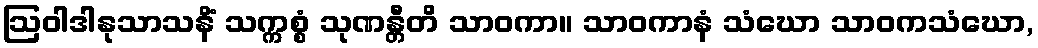
ဩဝါဒါနုသာသနိံ သက္ကစ္စံ သုဏန္တီတိ သာဝကာ။ သာဝကာနံ သံဃော သာဝကသံဃော,